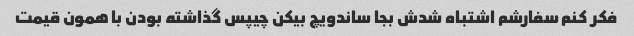
فکر کنم سفارشم اشتباه شدش بجا ساندویچ بیکن چیپس گذاشته بودن با همون قیمت